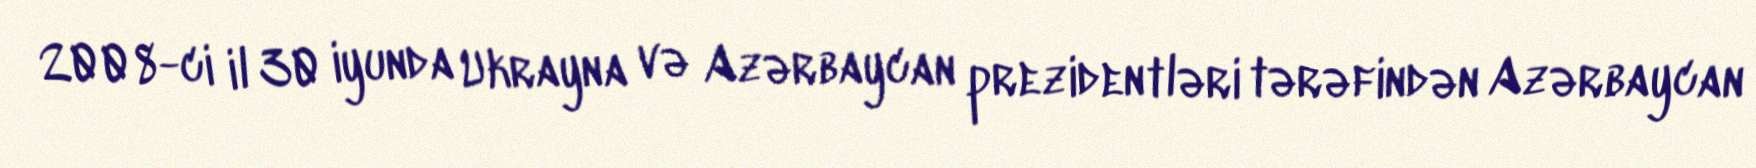
2008-ci il 30 iyunda Ukrayna və Azərbaycan prezidentləri tərəfindən Azərbaycan